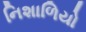
નિશાળિયો